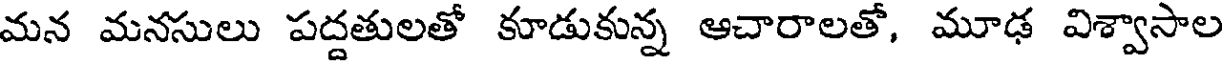
మన మనసులు పద్దతులతో కూడుకున్న ఆచారాలతో, మూఢ విశ్వాసాల